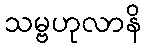
သမ္ဗဟုလာနိ